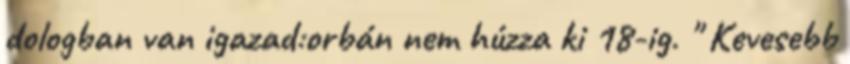
dologban van igazad:orbán nem húzza ki 18-ig. " Kevesebb